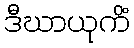
ဒီဃာယုကိံ